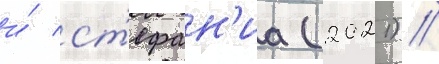
и́ ст'ефан'иа (2021) //